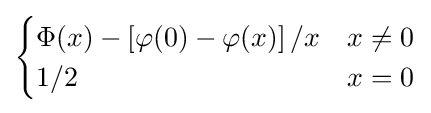
{\begin{cases}\Phi (x)-\left[\varphi (0)-\varphi (x)\right]/x&x\neq 0\\1/2&x=0\\\end{cases}}